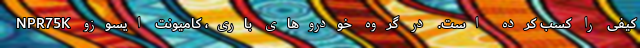
کیفی را کسب کرده است. در گروه خودروهای باری، کامیونت ایسوزو NPR75K